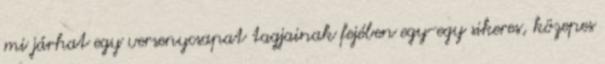
mi járhat egy versenycsapat tagjainak fejében egy-egy sikeres, közepes